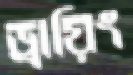
ড্রায়িং